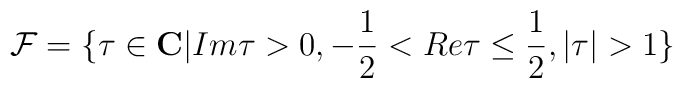
{\cal F}=\{\tau\in {\bf C} | Im\tau>0,-\frac{1}{2}<Re\tau\leq\frac{1}{2},|\tau|>1\}